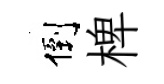
倒椑